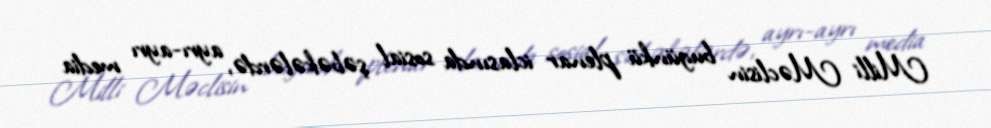
Milli Məclisin bugünkü plenar iclasında sosial şəbəkələrdə, ayrı-ayrı media